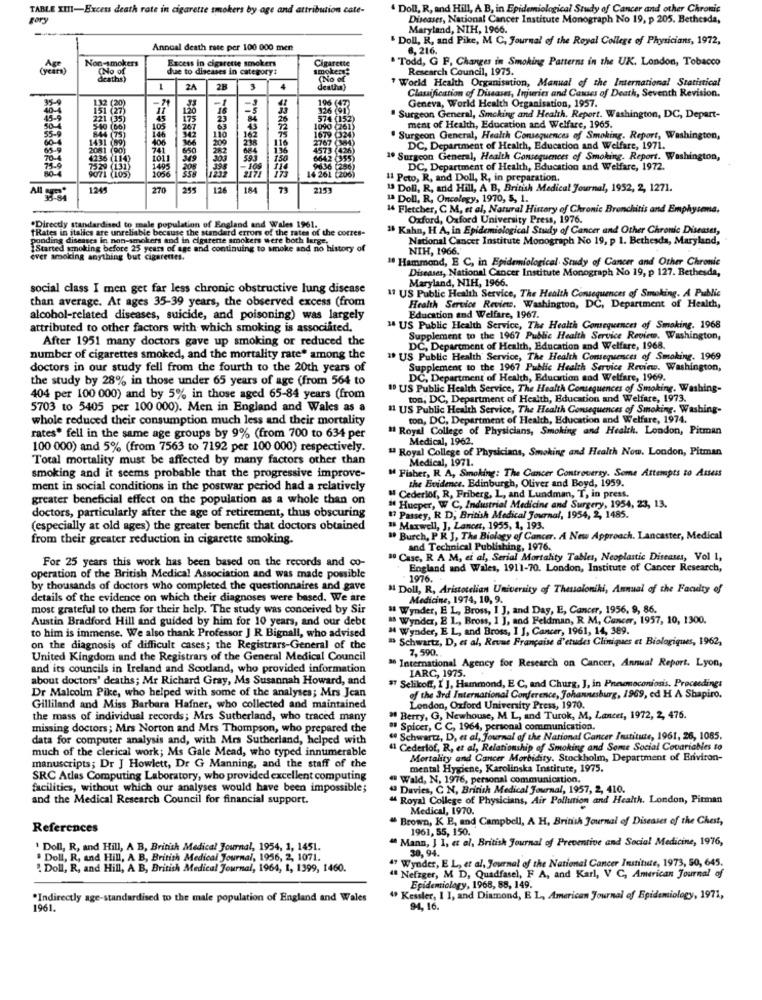
TABLE XIII-Excess death rate in cigarette smokers by age and attribution cate-
" Doll, R, and Hill, A B, in Epidemiological Study of Cancer and other Chronic
gary
Diseases, National Cancer Institute Monograph No 19, p 205. Bethesda,
Maryland, NIH, 1966.
" Doll, R, and Pike, M C, Journal of the Royal College of Physicians, 1972,
Annual death rate per 100 000 men
6, 216.
Non-smokers
Excess in cigarette smokers
. Todd, G F, Changes in Smoking Patterns in the UK. London, Tobacco
(No of
due to diseases in category:
tarette
Research Council, 1975.
deaths)
World Health Organisation, Manual of the International Statistical
1
2A
28
Classification of Diseases, Injuries and Causes of Death, Seventh Revision.
95-9
132 (20
40
120
16
Geneva, World Health Organisation, 1957.
221 (35
175
23
26
" Surgeon General, Smoking and Health. Report. Washington, DC, Depart-
55-9
105
267
ment of Health, Education and Welfare, 1965.
1431 286
146
406
110
200
116
Surgeon General, Health Consequences of Smoking. Report, Washington,
2081 (90)
741
136
DC, Department of Health, Education and Welfare, 1971.
1236 0114)
1011
300
593
150
1º Surgeon General, Health Consequences of Smoking. Report. Washington,
1495
1056
DC, Department of Health, Education and Welfare, 1972.
071 (105)
2171
Il Peto, R, and Doll, R, in preparation.
1245
270
295
126
184
79
2153
" Doll, R, and Hill, A B, British Medical Journal, 1952, 2, 1271.
1ª Doll, R, Oncelegy, 1970, 5, 1.
14 Fletcher, C M, et al, Natural History of Chronic Bronchitis and Emphysema.
Oxford, Oxford University Press, 1976.
.Directly standardised to male population of England and Wales 1961.
"Rates in italics are unreliable because the standard errors of the rates of the cotres-
18 Kahn, HA, in Epidemiological Study of Cancer and Other Chronic Diseases,
ponding diseases in non-smokers and in cigarene smokers were both large.
National Cancer Institute Monograph No 19, p 1. Bethesda, Maryland,
IStarted smoking before 25 years of age and continuing to smoke and no history of
NIH, 1966."
ever smoking anything but cigarettes.
1 Hammond, E C, in Epidemiological. Study of Cancer and Other Chronic
Diseases, National Cancer Institute Monograph No 19, p 127. Bethesda,
Maryland, NIH, 1966.
social class I men get far less chronic obstructive lung disease
11 US Public Health Service, The Health Consequences of Smoking. A Public
than average. At ages 35-39 years, the observed excess (from
Health Service Review. Washington, DC, Department of Health,
alcohol-related diseases, suicide, and poisoning) was largely
Education and Welfare, 1967.
attributed to other factors with which smoking is associated.
" US Public Health Service, The Health Consequences of Smoking. 1968
After 1951 many doctors gave up smoking or reduced the
Supplement to the 1967 Public Health Service Review. Washington,
DC, Department of Health, Education and Welfare, 1968.
number of cigarettes smoked, and the mortality rate" among the
" US Public Health Service, The Health Consequences of Smoking. 1969
doctors in our study fell from the fourth to the 20th years of
Supplement to the 1967 Public Health Service Review. Washington,
the study by 28% in those under 65 years of age (from 564 to
DC, Department of Health, Education and Welfare, 1969.
ID US Public Health Service, The Health Consequences of Smoking. Washing-
404 per 100 000) and by 5% in those aged 65-84 years (from
ton, DC, Department of Health, Education and Welfare, 1973.
5703 to 5405 per 100 000). Men in England and Wales as a
" US Public Health Service, The Health Consequences of Smoking. Washing-
whole reduced their consumption much less and their mortality
ton, DC, Department of Health, Education and Welfare, 1974.
# Royal College of Physicians, Smoking and Health. London, Pitman
rates* fell in the same age groups by 9% (from 700 to 634 per
Medical, 1962.
100 000) and 5% (from 7563 to 7192 per 100 000) respectively.
" Royal College of Physicians, Smoking and Health Now. London, Pitman
Total mortality must be affected by many factors other than
Medical, 1971.
M Fisher, R A, Smoking: The Cancer Controversy. Some Attempts to Assess
smoking and it seems probable that the progressive improve-
the Evidence. Edinburgh, Oliver and Boyd, 1959.
ment in social conditions in the postwar period had a relatively
greater beneficial effect on the population as a whole than on
" Cederlof, R, Friberg, L, and Lundman, T, in press.
doctors, particularly after the age of retirement, thus obscuring
" Hucper, W C, Industrial Medicine and Surgery, 1954, 23, 13.
17 Passey, R D; British Medical Journal, 1954, 2, 1485.
(especially at old ages) the greater benefit that doctors obtained
18 Maxwell, J, Lancer, 1955, 1, 193.
from their greater reduction in cigarette smoking.
. Burch, PR J, The Biology of Cancer. A New Approach. Lancaster, Medical
and Technical Publishing, 1976.
80 Case, R A M, et al, Serial Mortality Tables, Neoplastic Diseases, Vol 1,
For 25 years this work has been based on the records and co-
England and Wales, 1911-70. London, Institute of Cancer Research,
operation of the British Medical Association and was made possible
1976.
by thousands of doctors who completed the questionnaires and gave
" Doll, R, Aristotelian University of Thessaloniki, Annual of the Faculty of
details of the evidence on which their diagnoses were based. We are
Medicine, 1974, 10, 9.
most grateful to them for their help. The study was conceived by Sir
Wynder, E L, Bross, I J, and Day, E, Cancer, 1956, 9, 86.
Austin Bradford Hill and guided by him for 10 years, and our debt
" Wynder, E L ., Brom, 1 ], and Feldman, R. M, Cancer, 1957, 10, 1300.
" Wynder, E L, and Bross, I ], Cancer, 1961, 14, 389.
to him is immense. We also thank Professor J R Bignall, who advised
" Schwartz, D, et al, Revue Française d'etudes Cliniques et Biologiques, 1962,
on the diagnosis of difficult cases; the Registrars-General of the
7, 590.
United Kingdom and the Registrars of the General Medical Council
a International Agency for Research on Cancer, Annual Report. Lyon,
and its councils in Ireland and Scotland, who provided information
IARC, 1975.
about doctors' deaths; Mr Richard Gray, Ms Susannah Howard, and
#7 Selikoff, I J, Hammond, E C, and Churg, J, in Pneumoconiosis, Proceedings
Dr Malcolm Pike, who helped with some of the analyses; Mrs Jean
of the ard International Conference, Johannesburg, 1969, ed H A Shapiro.
Gilliland and Miss Barbara Hafner, who collected and maintained
London, Oxford University Press, 1970.
the mass of individual records; Mrs Sutherland, who traced many
" Berry, G, Newhouse, M. L, and Turok, M, Lancet, 1972, 2, 476.
missing doctors; Mrs Norton and Mrs Thompson, who prepared the
" Spicer, C C, 1964, personal communication.
data for computer analysis and, with Mrs Sutherland, helped with
" Schwartz, D, et al, Journal of the National Cancer Institute, 1961, 26, 1085.
much of the clerical work; Ms Gale Mead, who typed innumerable
11 Cederlof, R, et al, Relationship of Smoking and Some Social Covariables to
Mortality and Cancer Morbidity. Stockholm, Department of Environ-
manuscripts; Dr J Howlett, Dr G Manning, and the staff of the
mental Hygiene, Karolinska Institute, 1975.
SRC Atles Computing Laboratory, who provided excellent computing
" Wald, N, 1976, personal communication,
facilities, without which our analyses would have been impossible;
" Davies, C N, British Medical Journal, 1957, 2, 410.
and the Medical Research Council for financial support.
" Royal College of Physicians, Air Pollution and Health. London, Pitman
Medical, 1970.
" Brown, K E, and Campbell, A H, British Journal of Diseases of the Chest,
References
1961, 55, 150.
" Mann, J 1, et al, British Journal of Preventive and Social Medicine, 1976,
' Doll, R, and Hill, A B, British Medical Journal, 1954, 1, 1451.
30, 94.
. Doll, R, and Hill, A B, British Medical Journal, 1956, 2, 1071.
47 Wynder, E L, et al. Journal of the National Cancer Institute, 1973, 50, 645.
! Doll, R, and Hill, A B, British Medical Journal, 1964, 1, 1399, 1460.
" Nefzger, M D, Quadfasel, F A, and Karl, V C, American Journal of
Epidemiology, 1968, 88, 149.
*Indirectly age-standardised to the male population of England and Wales
" Kessler, 1 1, and Diamond, E L, American Journal of Epidemiology, 1971,
1961.
94, 16.